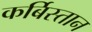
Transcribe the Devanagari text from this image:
कर्बिस्तान